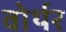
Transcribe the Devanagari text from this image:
वोर्थर